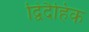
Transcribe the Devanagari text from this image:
द्विदैहिक